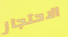
الاحتجاز